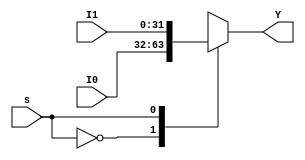
/**************************************
* Module: mux_2x1
*
* Conventions:
*    Y  -> Output
*    Ix -> Input 
*
* Description: mux 2x1
***************************************/
module  mux_2x1_32bit(output reg[31:0] Y,input wire[0:0] s, input wire[31:0] I1, I0);
    always @( s or I0 or I1)
    begin 
        case (s)
            1'b0: Y = I0;
            1'b1: Y = I1;
        endcase
    end
endmodule